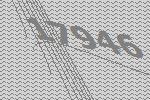
17946